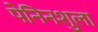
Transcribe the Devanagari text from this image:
पेनिनशुला